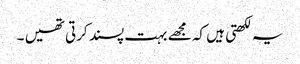
یہ لکھتی ہیں کہ مجھے بہت پسند کرتی تھیں ۔